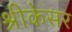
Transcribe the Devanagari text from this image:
श्रीकेसर